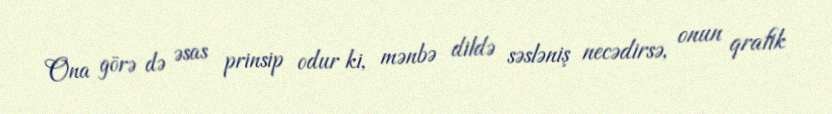
Ona görə də əsas prinsip odur ki, mənbə dildə səsləniş necədirsə, onun qrafik